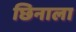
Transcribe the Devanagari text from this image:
छिनाला